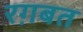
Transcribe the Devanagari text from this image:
रग़बत